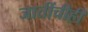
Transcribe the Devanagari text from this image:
जातींचीही